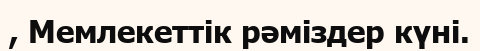
, Мемлекеттік рәміздер күні.